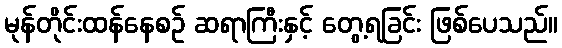
မုန်တိုင်းထန်နေစဉ် ဆရာကြီးနှင့် တွေ့ရခြင်း ဖြစ်ပေသည်။